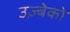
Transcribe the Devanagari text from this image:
उज़्बेको